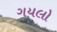
ગયલો